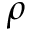
\rho